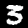
Digit: 3